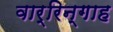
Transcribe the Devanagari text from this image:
वार्रिन्गाह